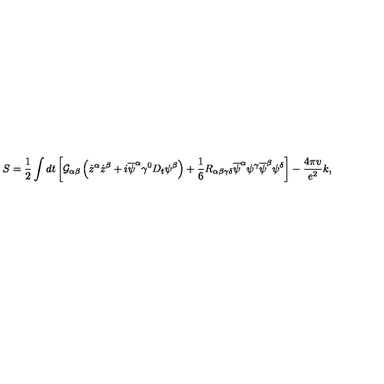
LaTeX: S = \frac { 1 } { 2 } \int d t \left[ { \cal G } _ { \alpha \beta } \left( { \dot { z } } ^ { \alpha } { \dot { z } } ^ { \beta } + i { \overline { \psi } } ^ { \alpha } \gamma ^ { 0 } D _ { t } \psi ^ { \beta } \right) + \frac { 1 } { 6 } R _ { \alpha \beta \gamma \delta } { \overline { \psi } } ^ { \alpha } \psi ^ { \gamma } { \overline { \psi } } ^ { \beta } \psi ^ { \delta } \right] - \frac { 4 \pi v } { e ^ { 2 } } k ,